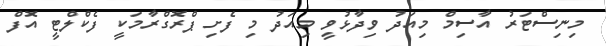
މިނިސްޓަރު އާސިމް މިއަދު ވިދާޅުވީ މިއަދު މި ފެށި ޕްރޮގްރާމަކީ ފެކްލްޓީ އޮފް